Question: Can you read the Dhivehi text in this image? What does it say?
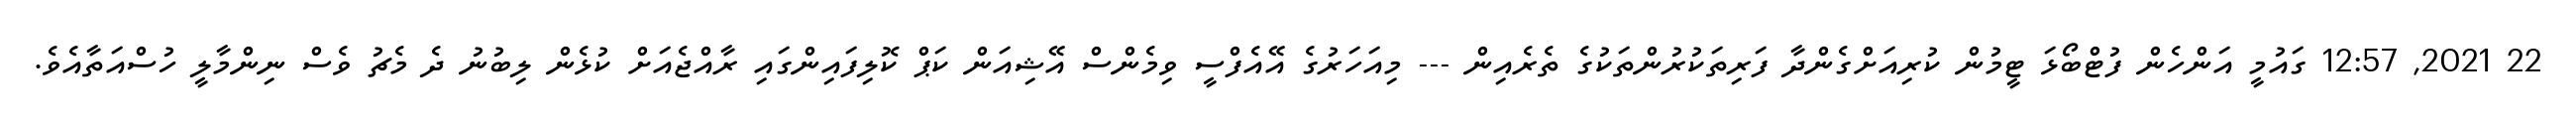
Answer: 22 2021, 12:57 ގައުމީ އަންހެން ފުޓްބޯޅަ ޓީމުން ކުރިއަށްގެންދާ ފަރިތަކުރުންތަކުގެ ތެރެއިން --- މިއަހަރުގެ އޭއެފްސީ ވިމެންސް އޭޝިއަން ކަޕް ކޮލިފައިންގައި ރާއްޖެއަށް ކުޅެން ލިބުނު ދެ މެޗު ވެސް ނިންމާލީ ހުސްއަތާއެވެ.